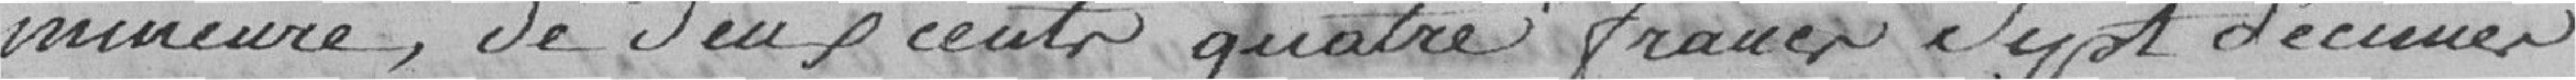
mineure, de deux cent quatre francs sept décimes